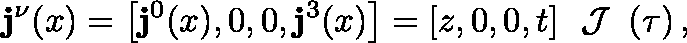
{ \bf j } ^ { \nu } ( x ) = \left[ { \bf j } ^ { 0 } ( x ) , 0 , 0 , { \bf j } ^ { 3 } ( x ) \right] = [ z , 0 , 0 , t ] { \mathrm { \boldmath ~ \cal ~ J ~ } } \left( \tau \right) ,